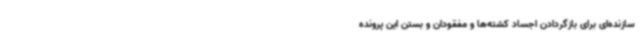
سازنده‌ای برای بازگردادن اجساد کشته‌ها و مفقودان و بستن این پرونده